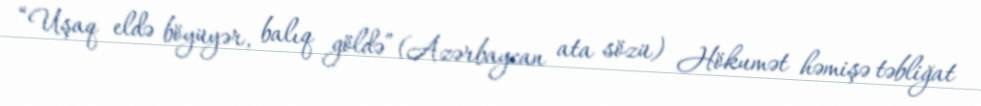
“Uşaq eldə böyüyər, balıq göldə”(Azərbaycan ata sözü) Hökumət həmişə təbliğat